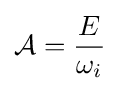
{\mathcal {A}}={\frac {E}{\omega _{i}}}